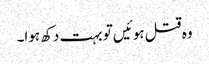
وہ قتل ہوئیں تو بہت دکھ ہوا۔